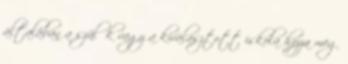
általában a szülők vagy a kiválasztott iskola hozza meg